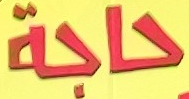
حاجة